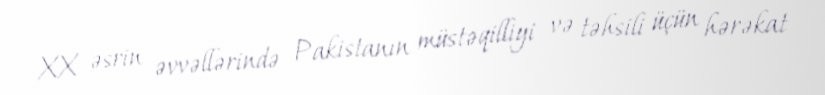
XX əsrin əvvəllərində Pakistanın müstəqilliyi və təhsili üçün hərəkat